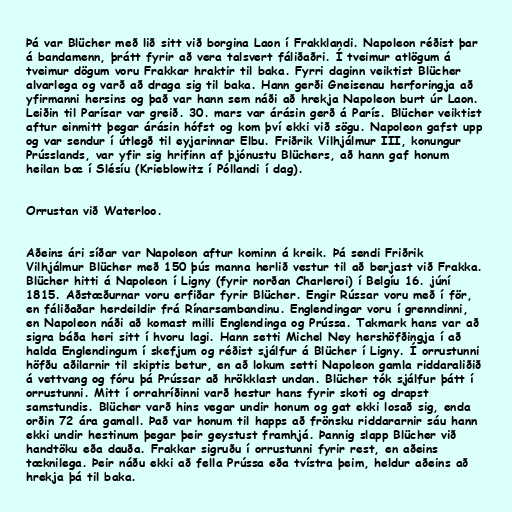
Þá var Blücher með lið sitt við borgina Laon í Frakklandi. Napoleon réðist þar
á bandamenn, þrátt fyrir að vera talsvert fáliðaðri. Í tveimur atlögum á
tveimur dögum voru Frakkar hraktir til baka. Fyrri daginn veiktist Blücher
alvarlega og varð að draga sig til baka. Hann gerði Gneisenau herforingja að
yfirmanni hersins og það var hann sem náði að hrekja Napoleon burt úr Laon.
Leiðin til Parísar var greið. 30. mars var árásin gerð á París. Blücher veiktist
aftur einmitt þegar árásin hófst og kom því ekki við sögu. Napoleon gafst upp
og var sendur í útlegð til eyjarinnar Elbu. Friðrik Vilhjálmur III, konungur
Prússlands, var yfir sig hrifinn af þjónustu Blüchers, að hann gaf honum
heilan bæ í Slésíu (Krieblowitz í Póllandi í dag).

Orrustan við Waterloo.

Aðeins ári síðar var Napoleon aftur kominn á kreik. Þá sendi Friðrik
Vilhjálmur Blücher með 150 þús manna herlið vestur til að berjast við Frakka.
Blücher hitti á Napoleon í Ligny (fyrir norðan Charleroi) í Belgíu 16. júní
1815. Aðstæðurnar voru erfiðar fyrir Blücher. Engir Rússar voru með í för,
en fáliðaðar herdeildir frá Rínarsambandinu. Englendingar voru í grenndinni,
en Napoleon náði að komast milli Englendinga og Prússa. Takmark hans var að
sigra báða heri sitt í hvoru lagi. Hann setti Michel Ney hershöfðingja í að
halda Englendingum í skefjum og réðist sjálfur á Blücher í Ligny. Í orrustunni
höfðu aðilarnir til skiptis betur, en að lokum setti Napoleon gamla riddaraliðið
á vettvang og fóru þá Prússar að hrökklast undan. Blücher tók sjálfur þátt í
orrustunni. Mitt í orrahríðinni varð hestur hans fyrir skoti og drapst
samstundis. Blücher varð hins vegar undir honum og gat ekki losað sig, enda
orðin 72 ára gamall. Það var honum til happs að frönsku riddararnir sáu hann
ekki undir hestinum þegar þeir geystust framhjá. Þannig slapp Blücher við
handtöku eða dauða. Frakkar sigruðu í orrustunni fyrir rest, en aðeins
tæknilega. Þeir náðu ekki að fella Prússa eða tvístra þeim, heldur aðeins að
hrekja þá til baka.